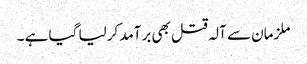
ملزمان سے آلہ قتل بھی برآمد کرلیا گیا ہے ۔